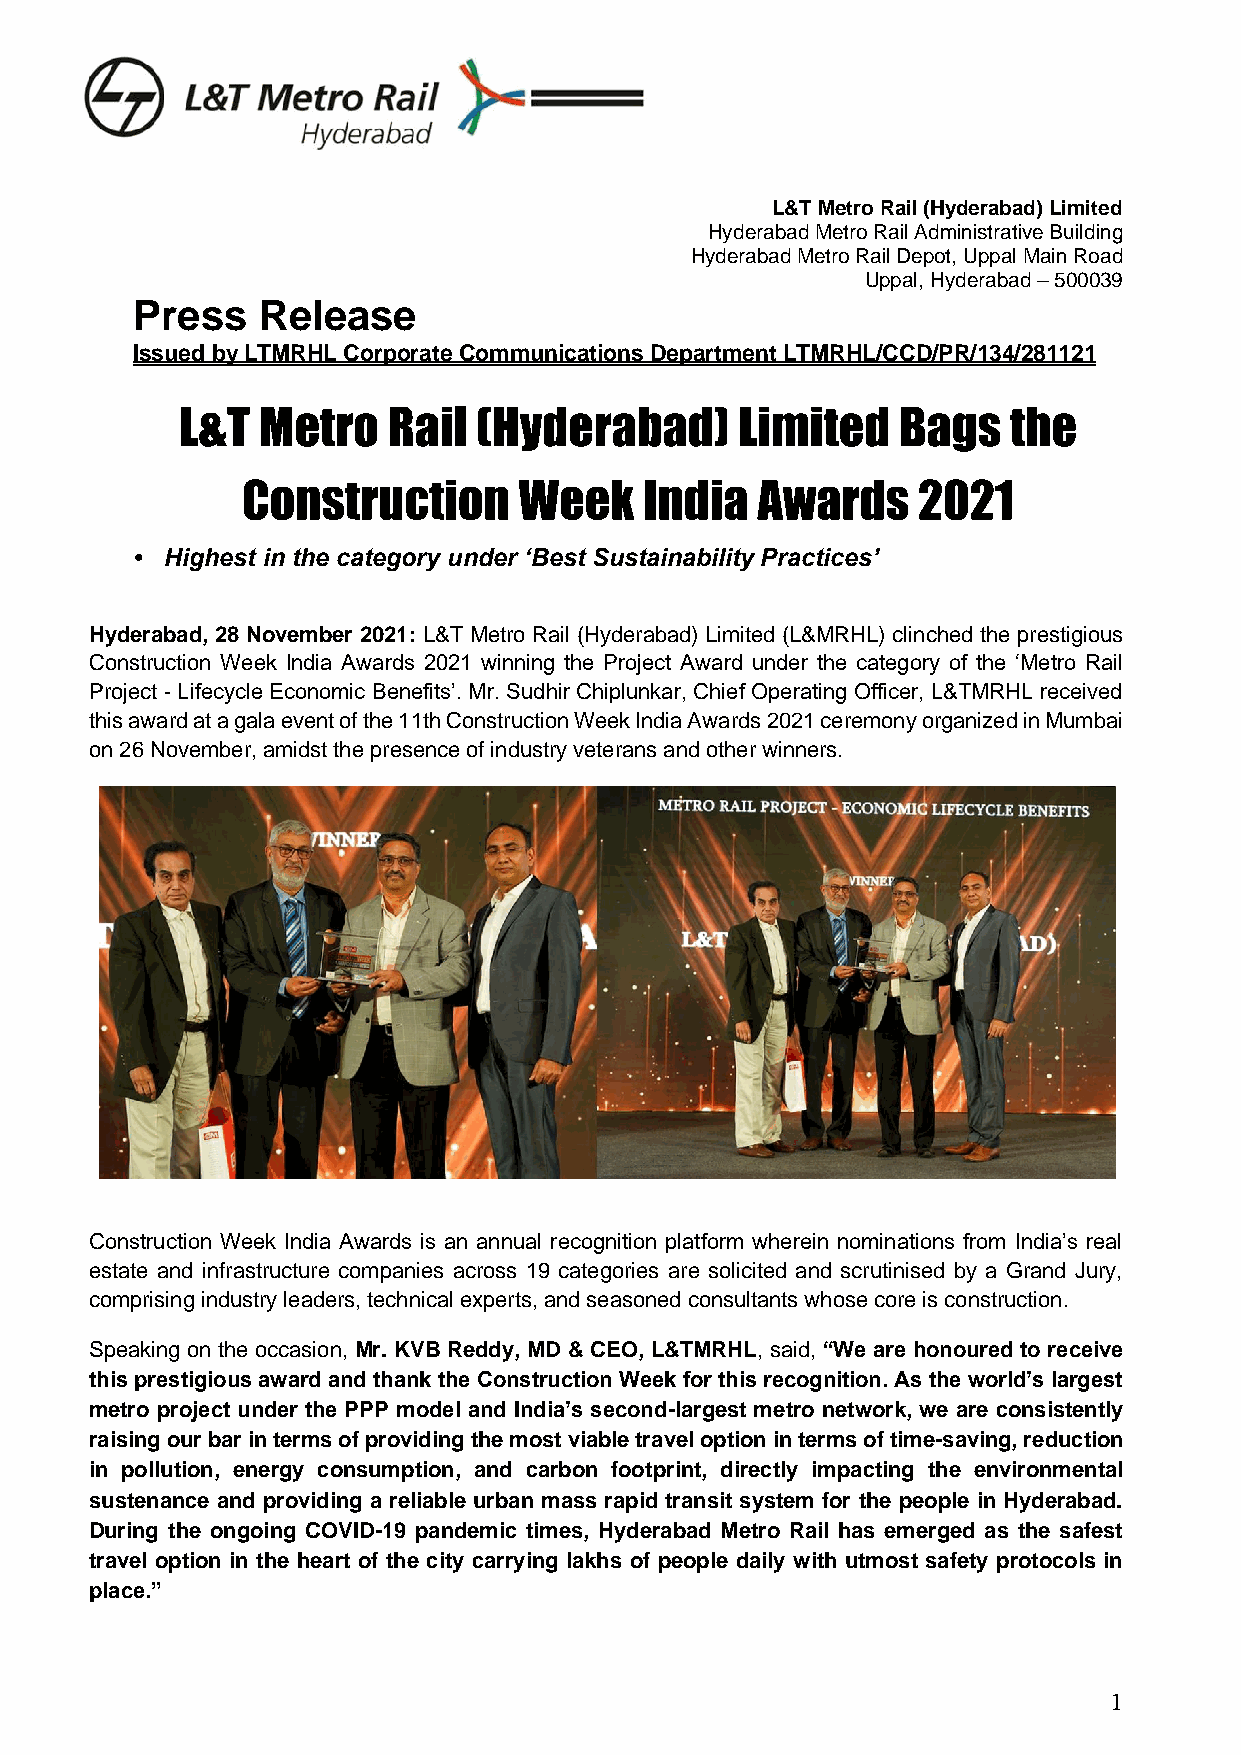
L&T Metro Rail (Hyderabad) Limited
 Hyderabad Metro Rail Administrative Building
 Hyderabad Metro Rail Depot, Uppal Main Road
 Uppal, Hyderabad – 500039
 Press   Release
 Issued by LTMRHL Corporate Communications Department LTMRHL/CCD/PR/134/281121
 L&T  Metro    Rail  (Hyderabad)      Limited   Bags    the
 Construction      Week     India  Awards     2021
 • Highest in the category under ‘Best Sustainability Practices’
 Hyderabad, 28 November 2021: L&T Metro Rail (Hyderabad) Limited (L&MRHL) clinched the prestigious
 Construction Week India Awards 2021 winning the Project Award under the category of the ‘Metro Rail
 Project - Lifecycle Economic Benefits’. Mr. Sudhir Chiplunkar, Chief Operating Officer, L&TMRHL received
 this award at a gala event of the 11th Construction Week India Awards 2021 ceremony organized in Mumbai
 on 26 November, amidst the presence of industry veterans and other winners.
 Construction Week India Awards is an annual recognition platform wherein nominations from India’s real
 estate and infrastructure companies across 19 categories are solicited and scrutinised by a Grand Jury,
 comprising industry leaders, technical experts, and seasoned consultants whose core is construction.
 Speaking on the occasion, Mr. KVB Reddy, MD & CEO, L&TMRHL, said, “We are honoured to receive
 this prestigious award and thank the Construction Week for this recognition. As the world’s largest
 metro project under the PPP model and India’s second-largest metro network, we are consistently
 raising our bar in terms of providing the most viable travel option in terms of time-saving, reduction
 in pollution, energy consumption, and carbon footprint, directly impacting the environmental
 sustenance and providing a reliable urban mass rapid transit system for the people in Hyderabad.
 During the ongoing COVID-19 pandemic times, Hyderabad Metro Rail has emerged as the safest
 travel option in the heart of the city carrying lakhs of people daily with utmost safety protocols in
 place.”
 1